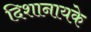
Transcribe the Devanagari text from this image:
दिशानायके